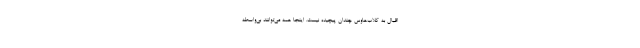
اقبال به كلاب‌هاوس چندان پيچيده نيست. اينجا همه مي‌توانند بي‌واسطه